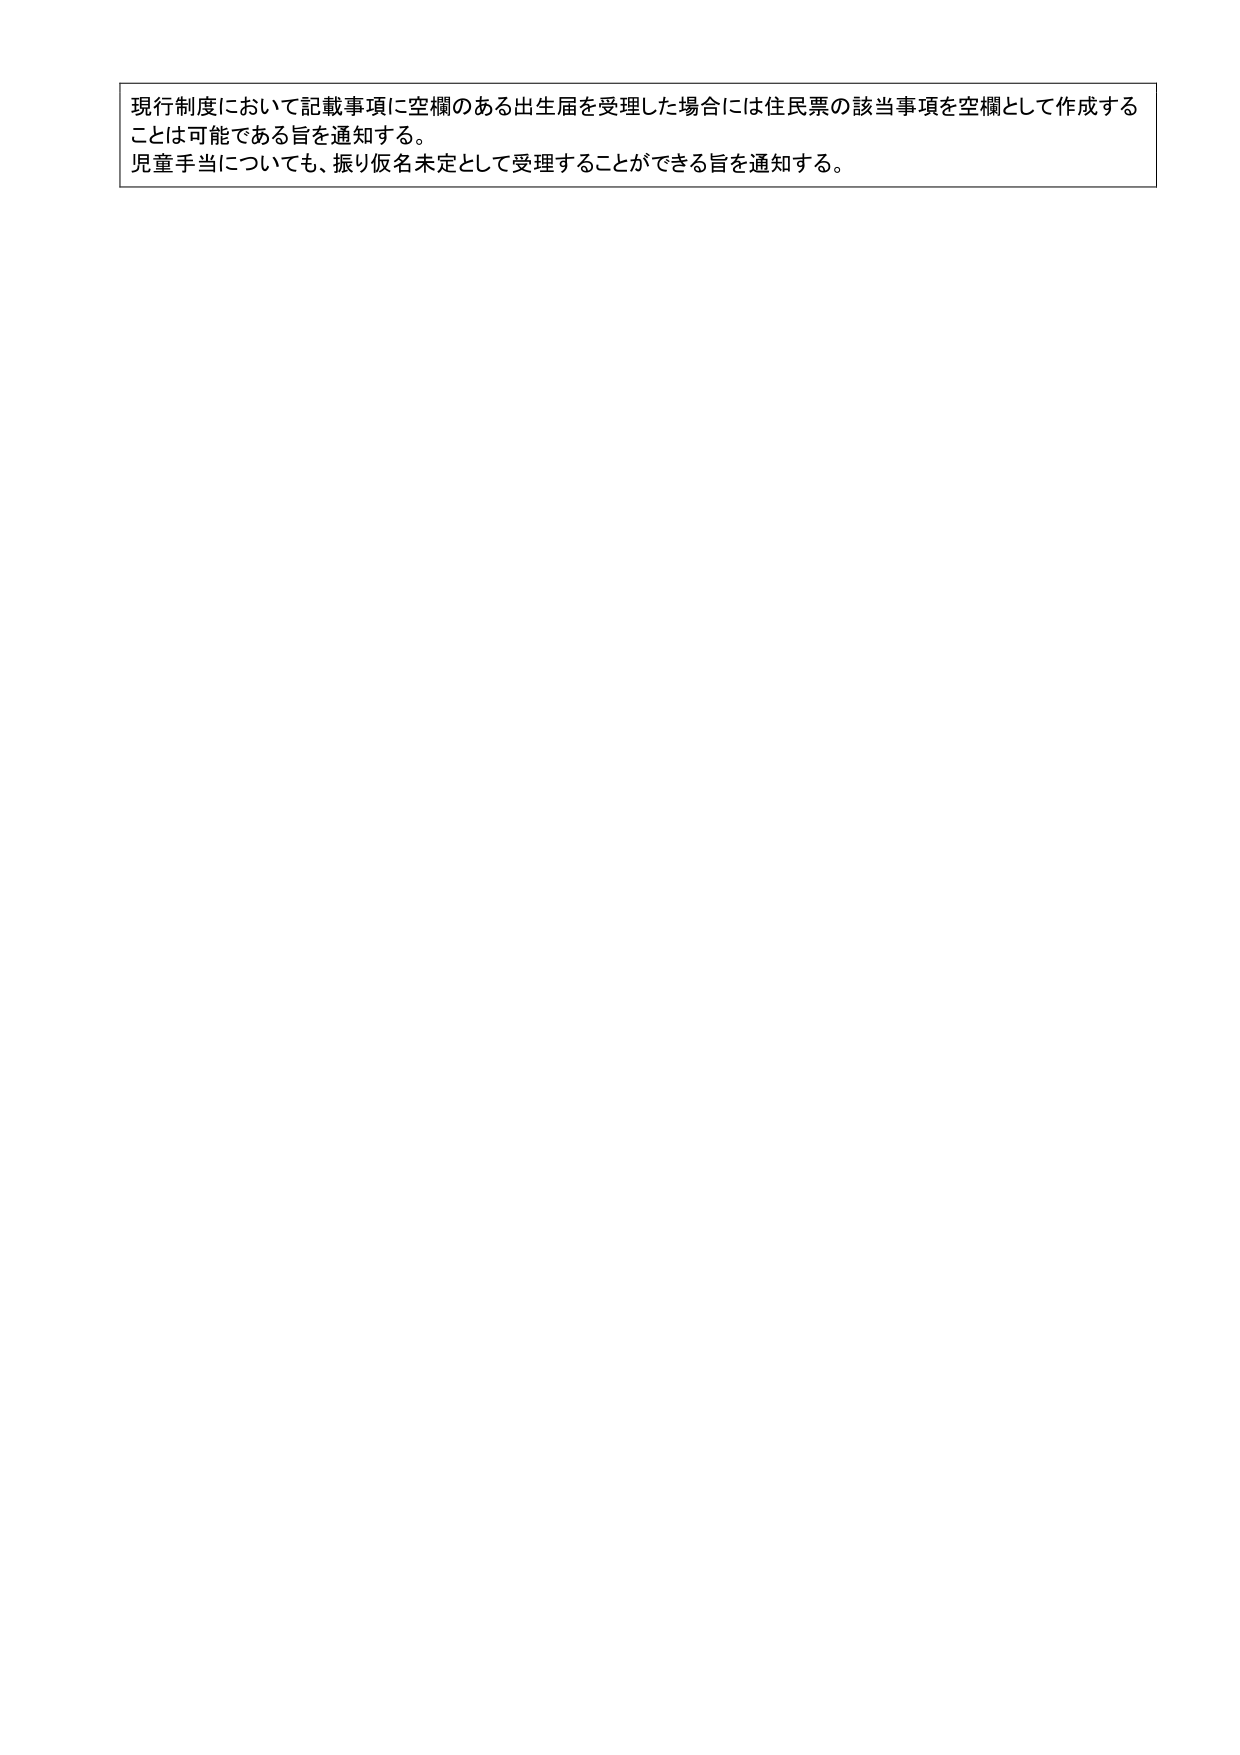
現行制度において記載事項に空欄のある出生届を受理した場合には住民票の該当事項を空欄として作成する
ことは可能である旨を通知する。
児童手当についても、振り仮名未定として受理することができる旨を通知する。